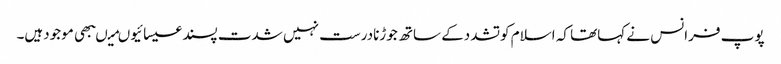
پوپ فرانس نے کہاتھا کہ اسلام کوتشددکے ساتھ جوڑنادرست نہیں شدت پسندعیسائیوںمیںبھی موجودہیں۔